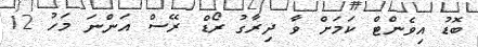
ބޮޑު އިވެންޓް ކަމަށް ވާ ދިރާގު ރޯޑް ރޭސް އަންނަ މަހު 12